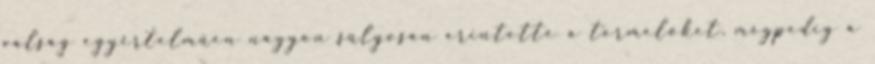
válság egyértelműen nagyon súlyosan érintette a termelőket, mégpedig a